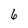
Character: 6